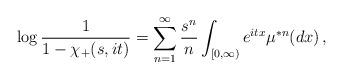
LaTeX: \begin{align*}\log\frac1{1-\chi_+(s,it)}=\sum_{n=1}^\infty\frac{s^n}n\int_{[0,\infty)}e^{itx}\mu^{*n}(dx)\,,\end{align*}